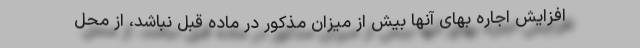
افزایش اجاره بهای آنها بیش از میزان مذکور در ماده قبل نباشد، از محل